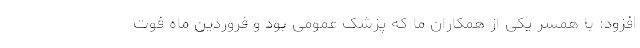
افزود: با همسر یکی از همکاران ما که پزشک عمومی بود و فروردین ماه فوت